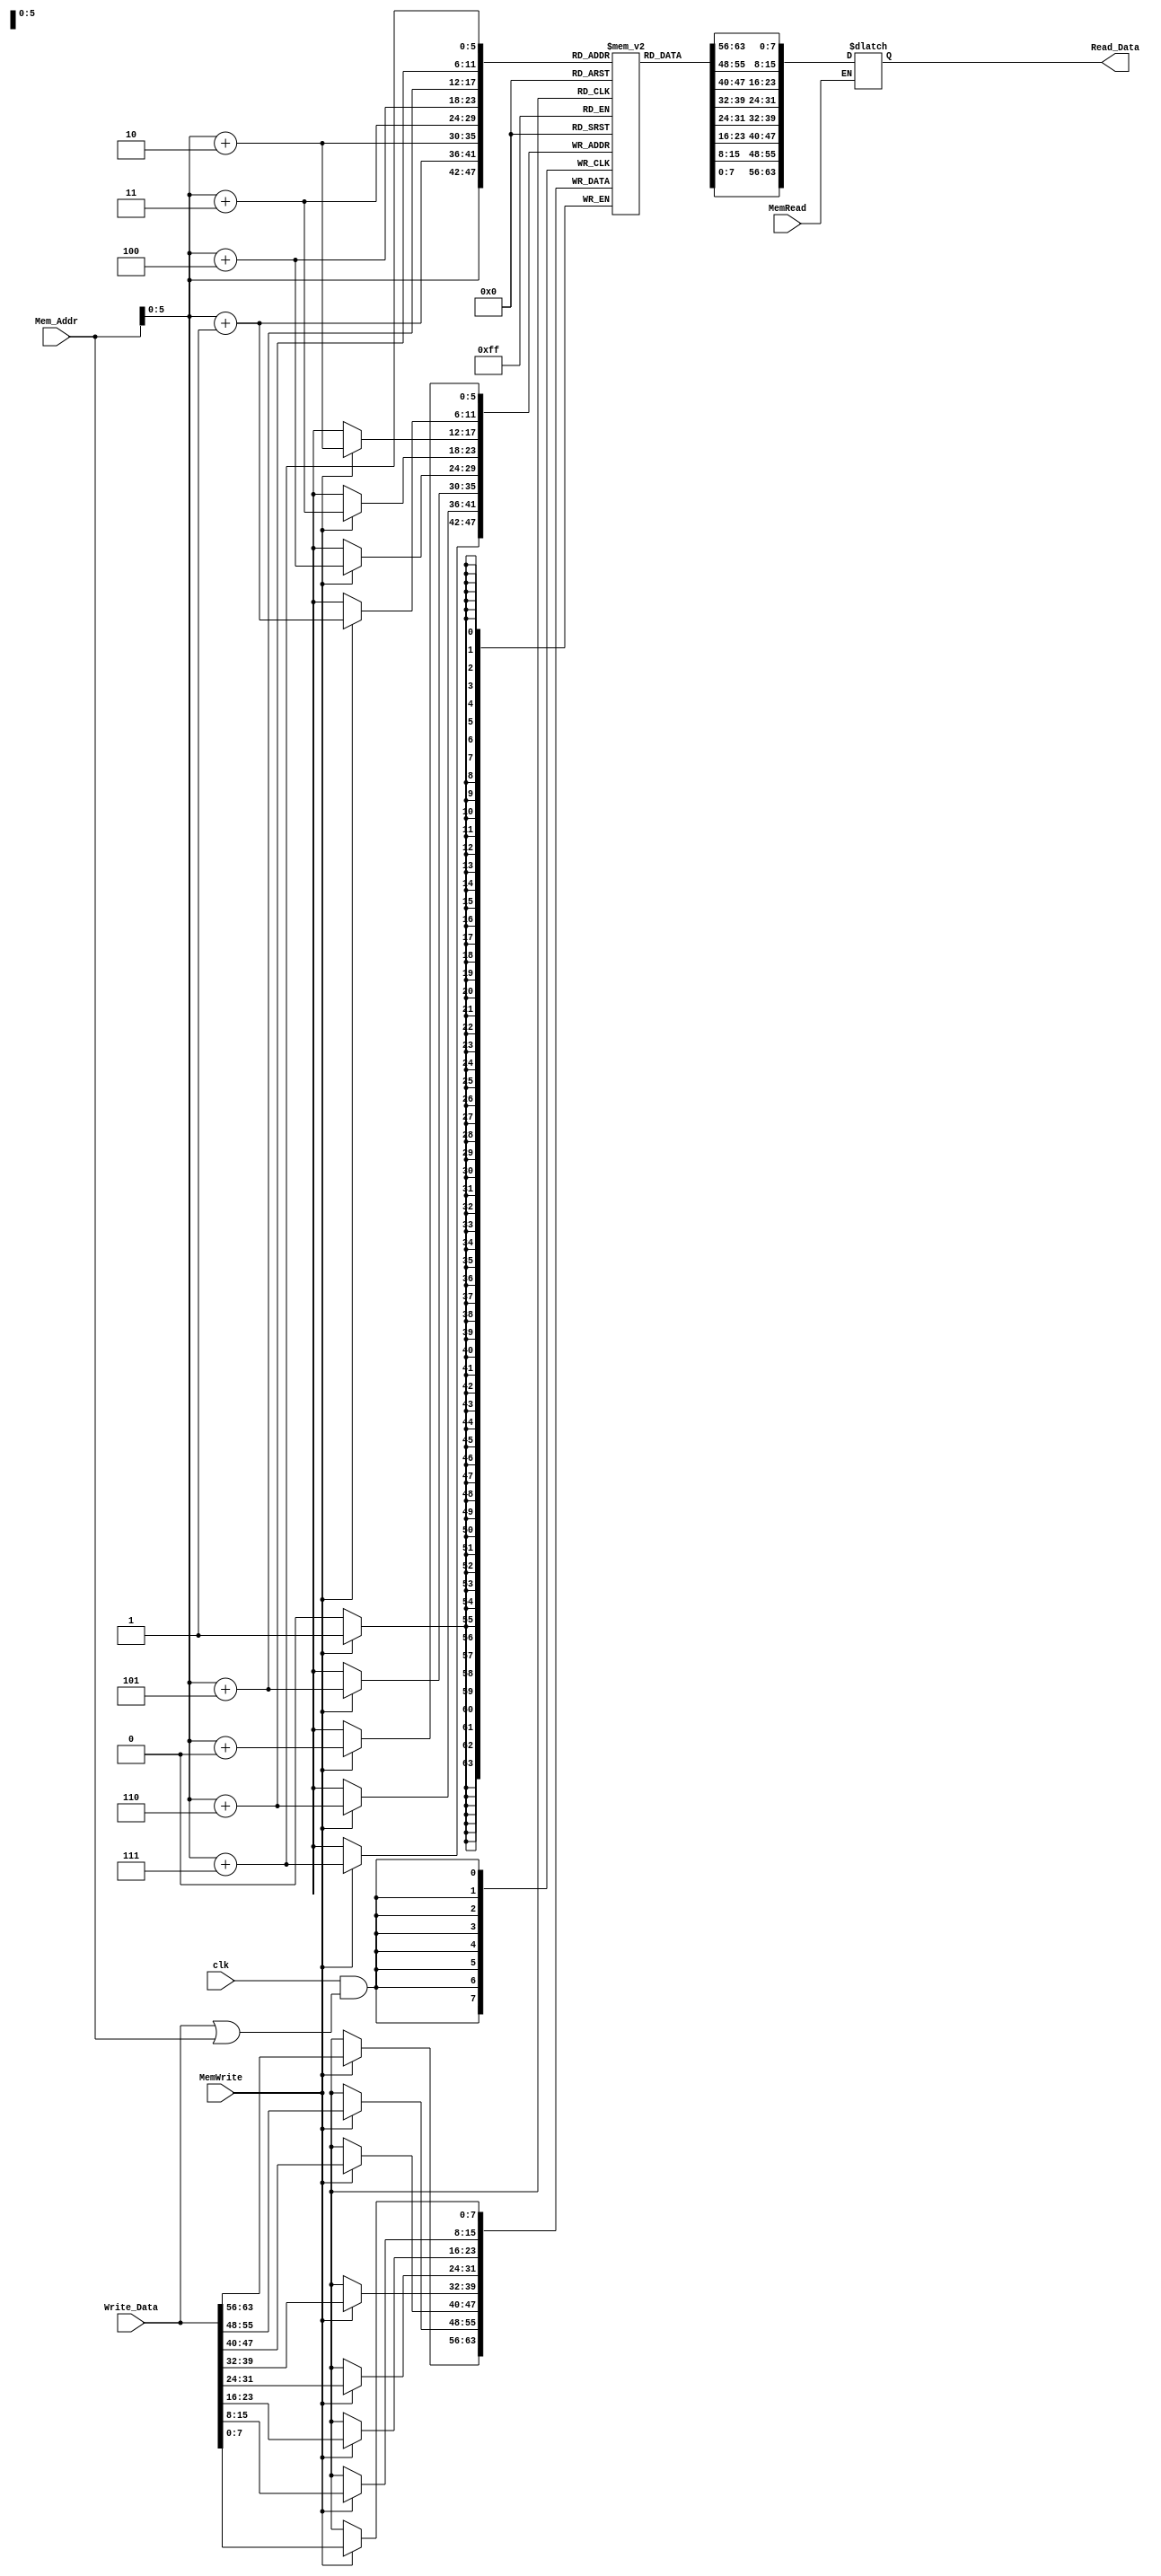
module Data_Memory
(
	input [63:0] Mem_Addr,
	input [63:0] Write_Data,
	input clk, MemWrite, MemRead,
	output reg [63:0] Read_Data
);

  reg [7:0] DataMem [63:0];
  
  initial
  begin
  DataMem[0] <= 8'b00000000;
  DataMem[1] <= 8'b00000001;
  DataMem[2] <= 8'b00000010;
  DataMem[3] <= 8'b00000011;
  DataMem[4] <= 8'b00000100;
  DataMem[5] <= 8'b00000101;
  DataMem[6] <= 8'b00000110;
  DataMem[7] <= 8'b00000111;
  DataMem[8] <= 8'b00001000;
  DataMem[9] <= 8'b00001001;
  DataMem[10] <= 8'b00001010;
  DataMem[11] <= 8'b00001011;
  DataMem[12] <= 8'b00001100;
  DataMem[13] <= 8'b00001101;
  DataMem[14] <= 8'b00001110;
  DataMem[15] <= 8'b00001111;
  DataMem[16] <= 8'b00010000;
  DataMem[17] <= 8'b00010001;
  DataMem[18] <= 8'b00010010;
  DataMem[19] <= 8'b00010011;
  DataMem[20] <= 8'b00010100;
  DataMem[21] <= 8'b00010101;
  DataMem[22] <= 8'b00010110;
  DataMem[23] <= 8'b00010111;
  DataMem[24] <= 8'b00011000;
  DataMem[25] <= 8'b00011001;
  DataMem[26] <= 8'b00011010;
  DataMem[27] <= 8'b00011011;
  DataMem[28] <= 8'b00011100;
  DataMem[29] <= 8'b00011101;
  DataMem[30] <= 8'b00011110;
  DataMem[31] <= 8'b00011111;
  DataMem[32] <= 8'b00100000;
  DataMem[33] <= 8'b00100001;
  DataMem[34] <= 8'b00100010;
  DataMem[35] <= 8'b00100011;
  DataMem[36] <= 8'b00100100;
  DataMem[37] <= 8'b00100101;
  DataMem[38] <= 8'b00100110;
  DataMem[39] <= 8'b00100111;
  DataMem[40] <= 8'b00101000;
  DataMem[41] <= 8'b00101001;
  DataMem[42] <= 8'b00101010;
  DataMem[43] <= 8'b00101011;
  DataMem[44] <= 8'b00101100;
  DataMem[45] <= 8'b00101101;
  DataMem[46] <= 8'b00101110;
  DataMem[47] <= 8'b00101111;
  DataMem[48] <= 8'b00110000;
  DataMem[49] <= 8'b00110001;
  DataMem[50] <= 8'b00110010;
  DataMem[51] <= 8'b00110011;
  DataMem[52] <= 8'b00110100;
  DataMem[53] <= 8'b00110101;
  DataMem[54] <= 8'b00110110;
  DataMem[55] <= 8'b00110111;
  DataMem[56] <= 8'b00111000;
  DataMem[57] <= 8'b00111001;
  DataMem[58] <= 8'b00111010;
  DataMem[59] <= 8'b00111011;
  DataMem[60] <= 8'b00111100;
  DataMem[61] <= 8'b00111101;
  DataMem[62] <= 8'b00111110;
  DataMem[63] <= 8'b00111111;
  end
  
  always @ (posedge clk & (Write_Data || Mem_Addr))
  begin
	if (MemWrite == 1)
	begin
		DataMem[Mem_Addr + 64'b0] = Write_Data[7:0];
		DataMem[Mem_Addr + 64'b1] = Write_Data[15:8];
		DataMem[Mem_Addr + 64'b10] = Write_Data[23:16];
		DataMem[Mem_Addr + 64'b11] = Write_Data[31:24];
		DataMem[Mem_Addr + 64'b100] = Write_Data[39:32];
		DataMem[Mem_Addr + 64'b101] = Write_Data[47:40];
		DataMem[Mem_Addr + 64'b110] = Write_Data[55:48];
		DataMem[Mem_Addr + 64'b111] = Write_Data[63:56];
	end
 end
 
 always @ (Mem_Addr)
 begin
	if (MemRead == 1)
		Read_Data = {DataMem[Mem_Addr + 64'b111],DataMem[Mem_Addr + 64'b110],DataMem[Mem_Addr + 64'b101],DataMem[Mem_Addr + 64'b100],DataMem[Mem_Addr + 64'b0011],DataMem[Mem_Addr + 64'b0010], DataMem[Mem_Addr + 64'b0001], DataMem[Mem_Addr]};
 end

endmodule